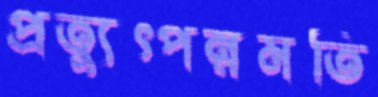
প্রত্যুৎপন্নমতি